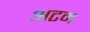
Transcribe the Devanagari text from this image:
अटम